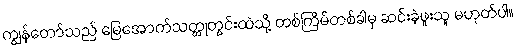
ကျွန်တော်သည် မြေအောက်သတ္တုတွင်းထဲသို့ တစ်ကြိမ်တစ်ခါမှ ဆင်းခဲ့ဖူးသူ မဟုတ်ပါ။